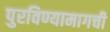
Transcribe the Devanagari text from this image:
पुरविण्यामागची